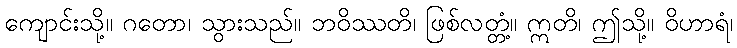
ကျောင်းသို့။ ဂတော၊ သွားသည်။ ဘဝိဿတိ၊ ဖြစ်လတ္တံ့။ ဣတိ၊ ဤသို့။ ဝိဟာရံ၊